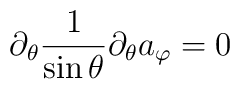
\partial_\theta\frac{1}{\sin\theta}\partial_\theta a_\varphi = 0